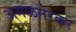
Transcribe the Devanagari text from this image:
अमळनेरकर